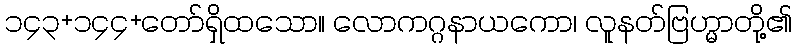
၁၄၃+၁၄၄+တော်ရှိထသော။ လောကဂ္ဂနာယကော၊ လူနတ်ဗြဟ္မာတို့၏